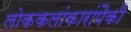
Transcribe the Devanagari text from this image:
लोककलांकारांपैकी